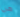
هي